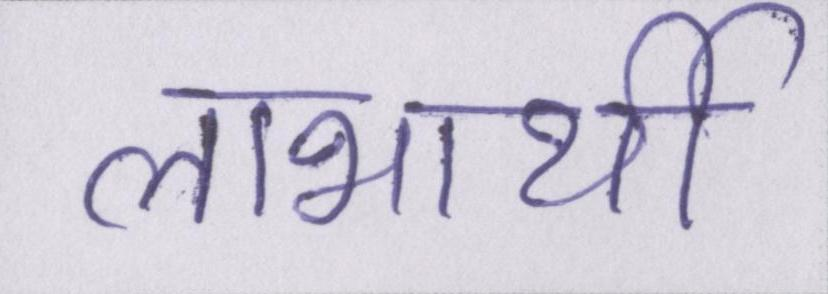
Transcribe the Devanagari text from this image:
लाभार्थी